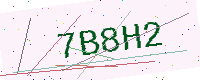
Text: 7B8H2